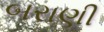
બરાણી